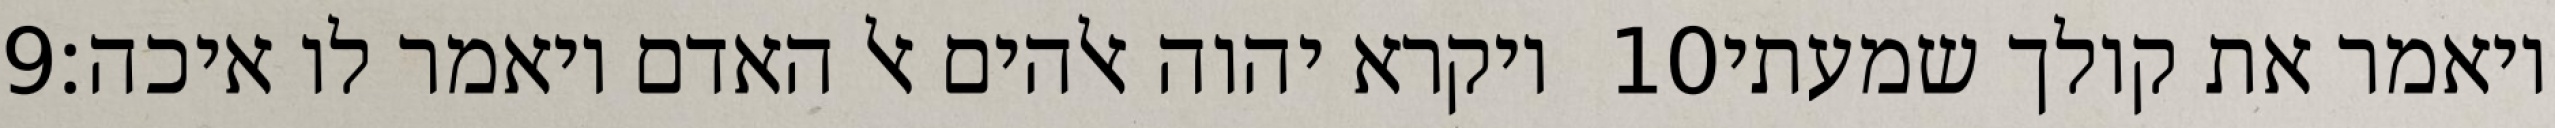
‎9‏ ויקרא יהוה אלהים אל האדם ויאמר לו איכה׃ ‎10‏ ויאמר את קולך שמעתי